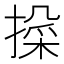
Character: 𫽱